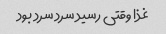
غذا وقتی رسید سرد سرد بود